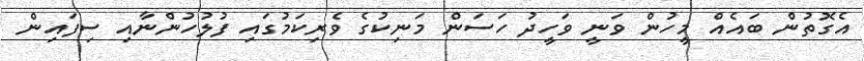
އެގޮތުން ބައެއް މީހުން ވަނީ ވަހީދު ހަސަން މަނިކުގެ ވެރިކަމުގައި ފުލުހުންނާއި ސިފައިން